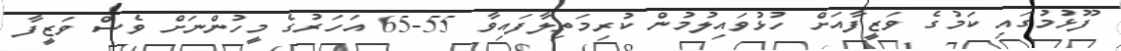
ފޫޅުމުގައި ކަމުގެ ވަޒީފާއަށް ހުޅުވައިލުމުން ކުރިމަތިލާފައިވާ 55-65 އަހަރުގެ މީހުންނަށް ވެސް ވަޒީފާ